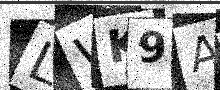
Text: LWK9AB